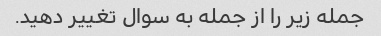
جمله زیر را از جمله به سوال تغییر دهید.